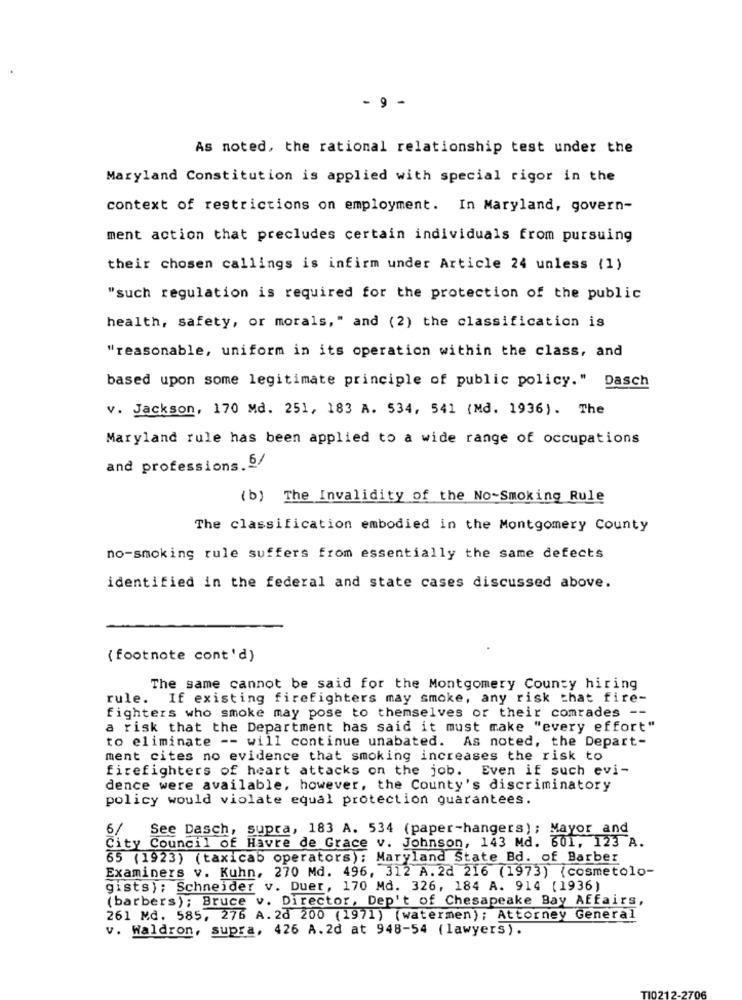
- 9 -
As noted, the rational relationship test under the
Maryland Constitution is applied with special rigor in the
context of restrictions on employment. In Maryland, govern-
ment action that precludes certain individuals from pursuing
their chosen callings is infirm under Article 24 unless (1)
"such regulation is required for the protection of the public
health, safety, or morals," and (2) the classification is
"reasonable, uniform in its operation within the class, and
based upon some legitimate principle of public policy." Dasch
v. Jackson, 170 Md. 251, 183 A. 534, 541 (Md. 1936). The
Maryland rule has been applied to a wide range of occupations
and professions. 6/
(b) The Invalidity of the No-Smoking Rule
The classification embodied in the Montgomery County
no-smoking rule suffers from essentially the same defects
identified in the federal and state cases discussed above.
( footnote cont'd)
The same cannot be said for the Montgomery County hiring
rule. If existing firefighters may smoke, any risk that fire-
fighters who smoke may pose to themselves or their comrades --
a risk that the Department has said it must make "every effort"
to eliminate -- will continue unabated. As noted, the Depart-
ment cites no evidence that smoking increases the risk to
firefighters of heart attacks on the job. Even if such evi-
dence were available, however, the County's discriminatory
policy would violate equal protection guarantees.
6/
See Dasch, supra, 183 A. 534 (paper-hangers); Mayor and
City Council of Havre de Grace v. Johnson, 143 Md. 601, 123 A.
65 (1923) (taxicab operators); Maryland State Bd. of Barber
Examiners v. Kuhn, 270 Md. 496, 312 A.2d 216 (1973) {cosmetolo-
gists); Schneider v. Duer, 170 Md. 326, 184 A. 914 (1936)
(barbers); Bruce v. Director, Dep't of Chesapeake Bay Affairs,
261 Md. 585, 276 A. 20 200 (1971) (watermen); Attorney General
v. Waldron, supra, 426 A.2d at 948-54 (lawyers).